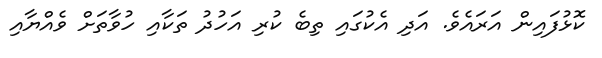
ކޮޅުފައިން އަރައެވެ. އަދި އެކުގައި ތިބެ ކުރި އަހުދު ތަކާއި ހުވާތަށް ވެއްޔާއި